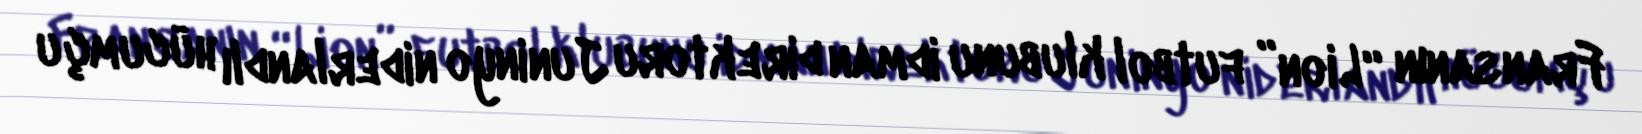
Fransanın “Lion” futbol klubunu idman direktoru Juninyo niderlandlı hücumçu